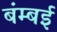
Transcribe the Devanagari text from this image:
बंम्बई